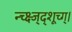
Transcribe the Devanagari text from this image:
न्च्क्ष्ज्द्शूच्ग्।